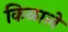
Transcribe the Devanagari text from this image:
किळाले